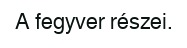
A fegyver részei.